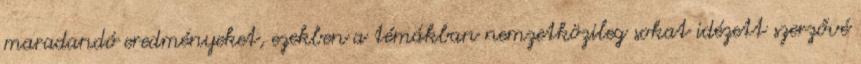
maradandó eredményeket, ezekben a témákban nemzetközileg sokat idézett szerzővé